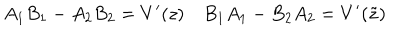
LaTeX: A _ { 1 } B _ { 1 } - A _ { 2 } B _ { 2 } = V ^ { \prime } ( z ) \quad B _ { 1 } A _ { 1 } - B _ { 2 } A _ { 2 } = V ^ { \prime } ( \tilde { z } )